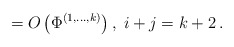
\begin{align*}=O\left( \Phi^{\left( 1,...,k\right) }\right) ,\;i+j=k+2\,.\end{align*}